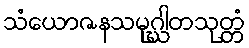
သံယောဇနသမုဂ္ဃါတသုတ္တံ